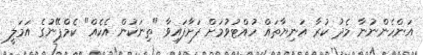
އަންހެންނުނާ މެދު ކުރާ އަނިޔާތައް ހުއްޓުވުމަށް ފަށާފައިވާ "ތިނަކުން އެކެއް" ކެމްޕޭނުގެ އަމަލީ